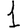
Digit: 1